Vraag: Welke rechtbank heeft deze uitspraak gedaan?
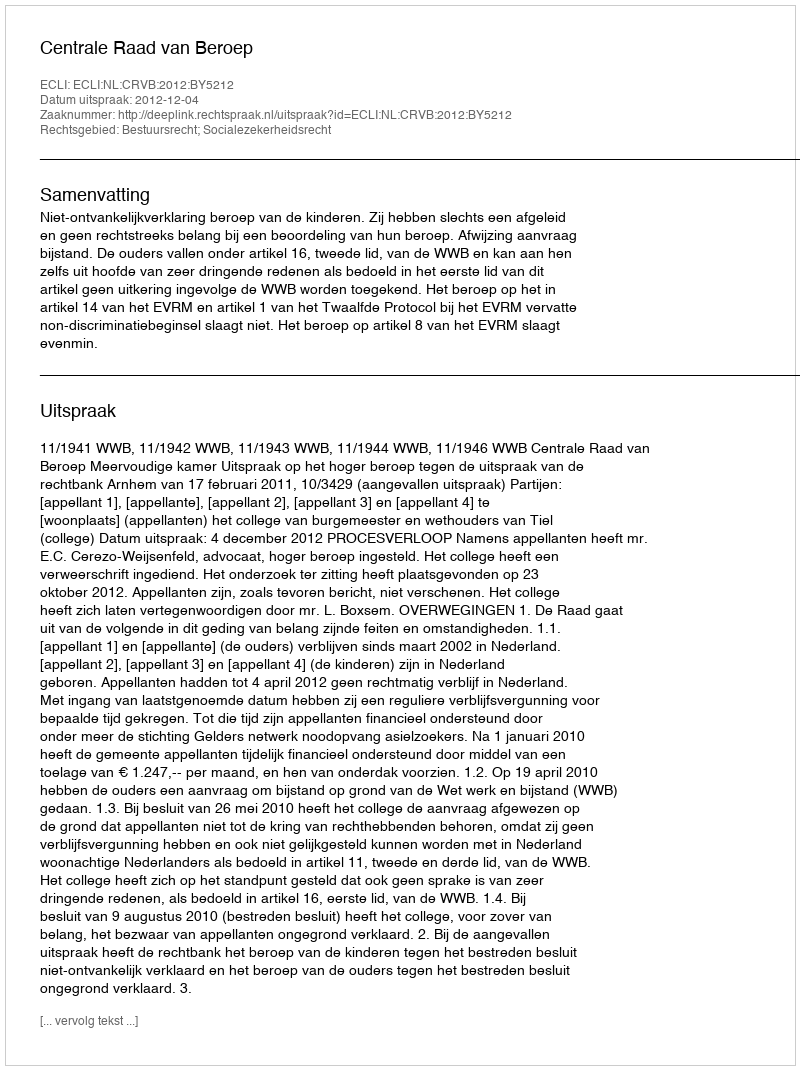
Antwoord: Centrale Raad van Beroep